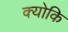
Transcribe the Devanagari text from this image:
क्‍योकि